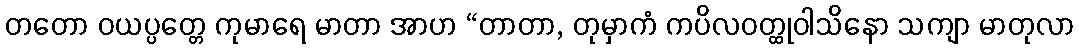
တတော ဝယပ္ပတ္တေ ကုမာရေ မာတာ အာဟ “တာတာ, တုမှာကံ ကပိလဝတ္ထုဝါသိနော သကျာ မာတုလာ